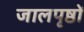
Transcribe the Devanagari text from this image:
जालपृष्ठों